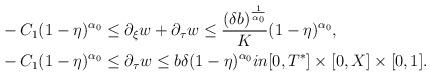
LaTeX: \begin{align*}&-C_1(1-\eta)^{\alpha_0}\leq\partial_\xi w+\partial_\tau w\leq \frac{(\delta b)^{\frac{1}{\alpha_0}}}{K}(1-\eta)^{\alpha_0},\\& -C_1(1-\eta)^{\alpha_0}\leq\partial_\tau w\leq b\delta(1-\eta)^{\alpha_0} in [0,T^*]\times[0,X]\times[0,1].\end{align*}